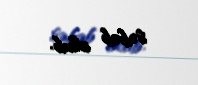
səbəb olub.